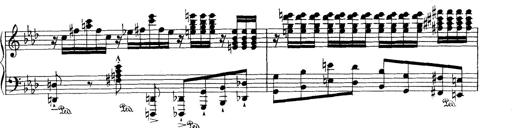
Title: Variationen Ã¼ber das Motiv von Bach
Composer: Franz Liszt